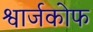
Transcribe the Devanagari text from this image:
श्वार्जकोफ